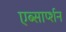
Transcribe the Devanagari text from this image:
एब्सार्प्शन